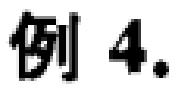
例 4.